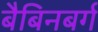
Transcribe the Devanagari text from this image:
बैबिनबर्ग